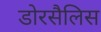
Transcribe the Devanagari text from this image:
डोरसैलिस